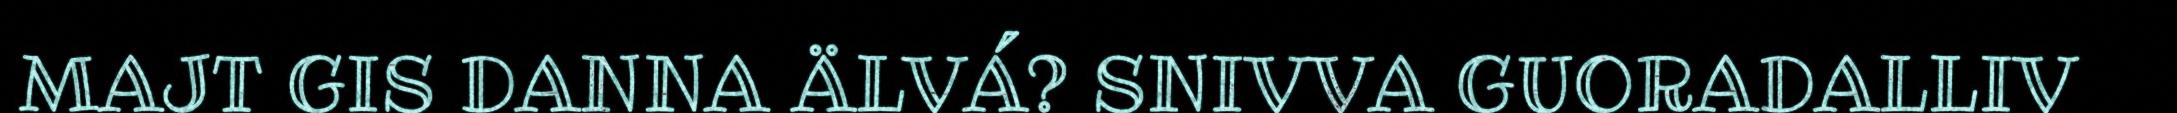
MAJT GIS DANNA ÄLVÁ? SNIVVA GUORADALLIV